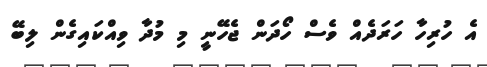
އެ ހުރިހާ ހަރަދެއް ވެސް ހޯދަން ޖެހޭނީ މި މުދާ ވިއްކައިގެން ލިބޭ